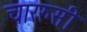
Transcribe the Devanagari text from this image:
चाररुसी